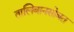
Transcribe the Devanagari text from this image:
तालिबानसोबत